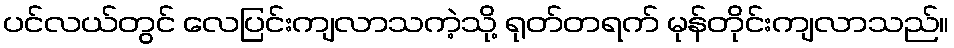
ပင်လယ်တွင် လေပြင်းကျလာသကဲ့သို့ ရုတ်တရက် မုန်တိုင်းကျလာသည်။